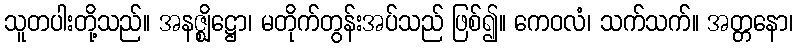
သူတပါးတို့သည်။ အနဇ္ဈိဋ္ဌော၊ မတိုက်တွန်းအပ်သည် ဖြစ်၍။ ကေဝလံ၊ သက်သက်။ အတ္တနော၊